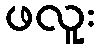
ဖလူး